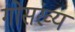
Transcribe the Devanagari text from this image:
गोसंख्य